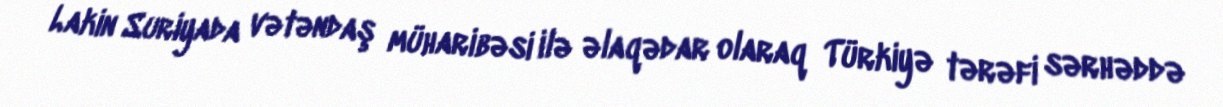
Lakin Suriyada vətəndaş müharibəsi ilə əlaqədar olaraq Türkiyə tərəfi sərhəddə